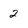
Character: 2